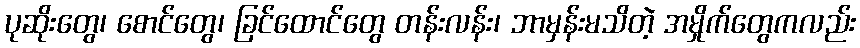
ပုဆိုးတွေ၊ စောင်တွေ၊ ခြင်ထောင်တွေ တန်းလန်း၊ ဘာမှန်းမသိတဲ့ အမှိုက်တွေကလည်း